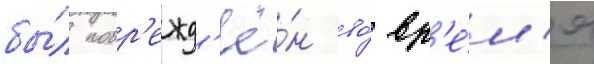
бы́л повр'ежд'ё́н во́ вр'е́м'я